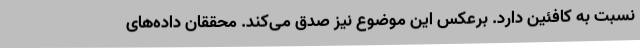
نسبت به کافئین دارد. برعکس این موضوع نیز صدق می‌کند. محققان داده‌های